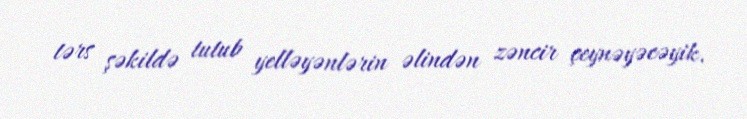
tərs şəkildə tutub yelləyənlərin əlindən zəncir çeynəyəcəyik.